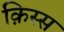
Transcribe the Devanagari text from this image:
क़िस्स